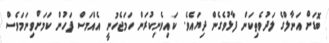
ބޮޑަށް އަނާލްގެ ލަދުވެތިކަން ފާޅުވެގެން ދިޔައެވެ. ކައިވެނިކުރަން ހަމަޖެހުނީ އެއްމަސް ފަހުން ކަމަށްވިނަމަވެސް